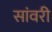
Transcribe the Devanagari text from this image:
सांवरी